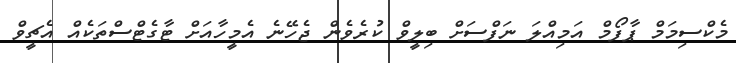
މެކްސިމަމް ޕާފޯމް އަމިއްލަ ނަފްސަށް ބިލީވް ކުރެވެން ޖެހޭނެ އެމީހާއަށް ޓާގެޓްސްތަކެއް އެޗީވް